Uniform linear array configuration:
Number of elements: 16
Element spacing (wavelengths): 0.5
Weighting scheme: uniform
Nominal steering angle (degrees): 30
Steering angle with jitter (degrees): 29.273
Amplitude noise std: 0.05
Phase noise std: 0.05

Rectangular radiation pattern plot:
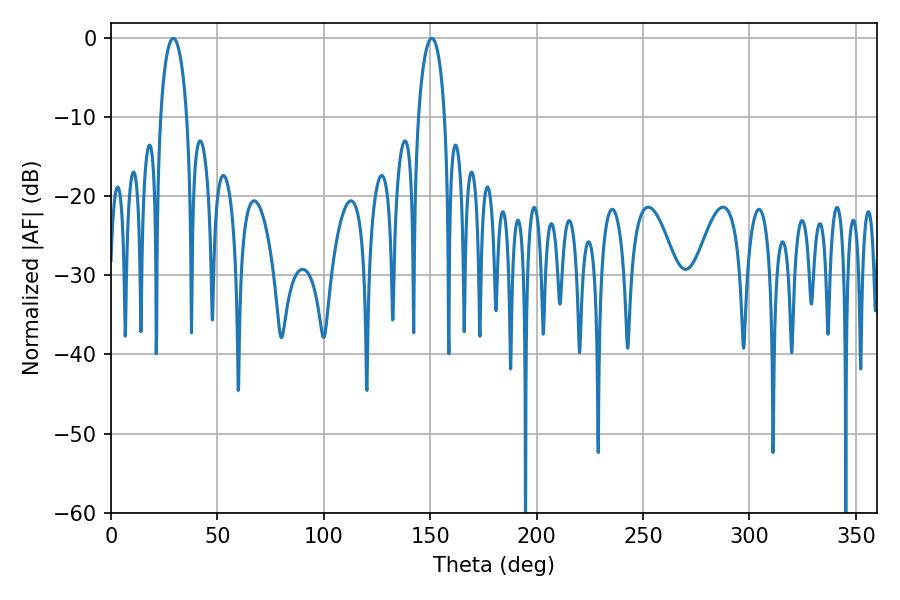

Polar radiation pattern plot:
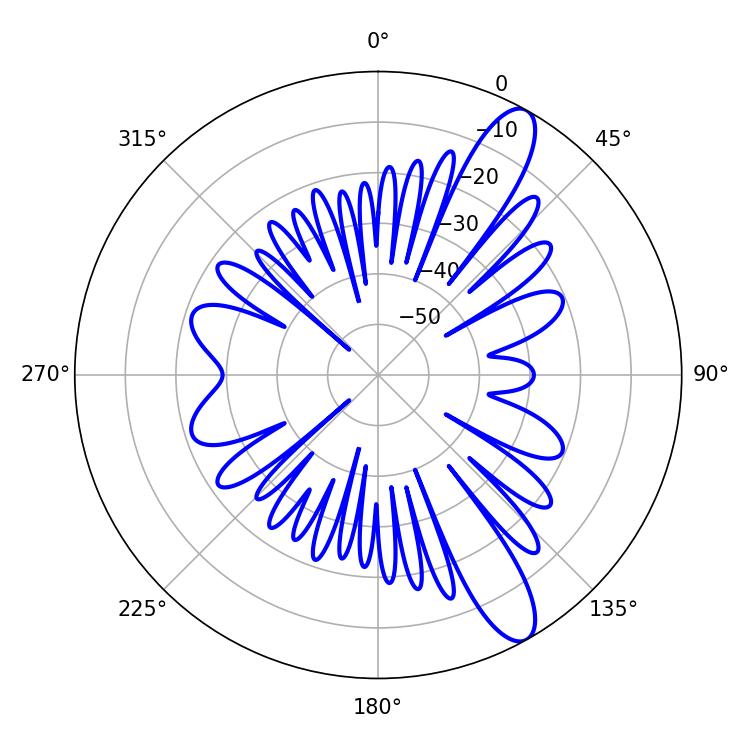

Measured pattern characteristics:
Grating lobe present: FALSE
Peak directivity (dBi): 11.717
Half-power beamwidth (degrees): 7.2
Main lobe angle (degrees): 150.66